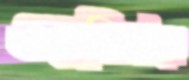
ওয়েলিংটনে